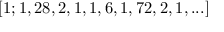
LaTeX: [ 1 ; 1 , 2 8 , 2 , 1 , 1 , 6 , 1 , 7 2 , 2 , 1 , . . . ]